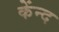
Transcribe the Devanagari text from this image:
केंन्द